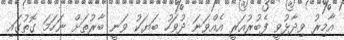
އާމިރު ވިދާޅުވީ ފެބުރުއަރީ އެއްވަނަ ދުވަހު ބަޔަކު ވަނީ ބާރުތަށް ނަހަމަ ގޮތުގައި